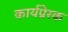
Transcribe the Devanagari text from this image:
कार्यप्रेरक